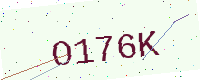
Text: O176K